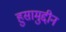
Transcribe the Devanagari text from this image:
हुसामुद्दीन